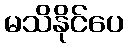
မသိနိုင်ပေ